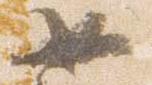
如